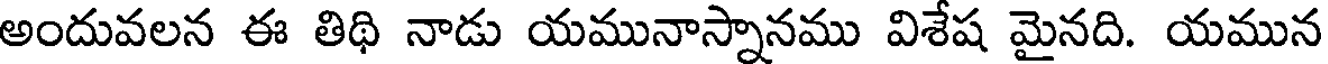
అందువలన ఈ తిథి నాడు యమునాస్నానము విశేష మైనది. యమున